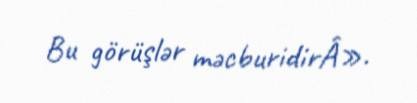
Bu görüşlər məcburidirÂ».